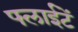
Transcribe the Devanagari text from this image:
फ्लाईटें